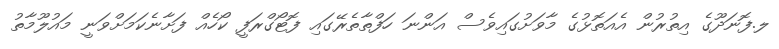
ލ.ފޮނަދޫގެ އިތުރުން އެއަތޮޅުގެ މާވަށުގައިވެސް އަންނަ ހަފްތާތެރޭގައި ފޮޓޯގްރަފީ ކޯހެއް ފަށާނެކަމަށްވަނީ މައުލޫމާތު